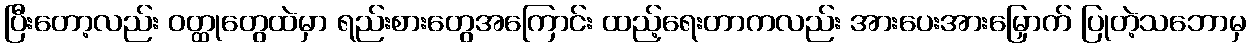
ပြီးတော့လည်း ဝတ္ထုတွေထဲမှာ ရည်းစားတွေအကြောင်း ထည့်ရေးတာကလည်း အားပေးအားမြှောက် ပြုတဲ့သဘောမှ